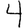
Digit: 4